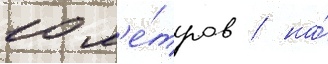
10 м'е́тров / на́